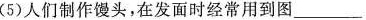
(5)人们制作馒头，在发面时经常用到图___